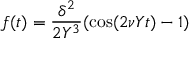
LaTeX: f ( t ) = { \frac { \delta ^ { 2 } } { 2 Y ^ { 3 } } } ( \cos ( 2 \nu Y t ) - 1 )